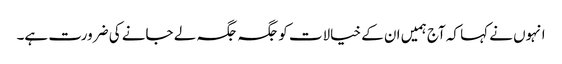
انہوں نے کہا کہ آج ہمیں ان کے خیالات کو جگہ جگہ لے جانے کی ضرورت ہے۔